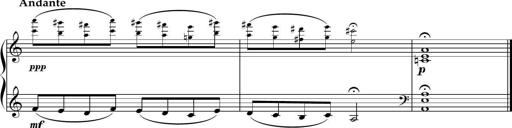
Title: Sonatine basque
Composer: Louis Sauter